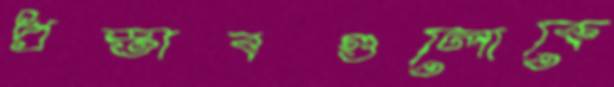
প্রস্তাবগুলোকে